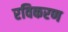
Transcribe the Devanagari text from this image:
रविकरण